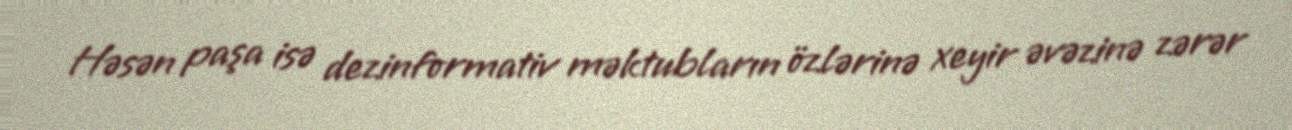
Həsən paşa isə dezinformativ məktubların özlərinə xeyir əvəzinə zərər